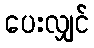
ပေးလျှင်